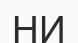
НИ